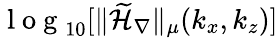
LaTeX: \mathrm{~l~o~g~}_{10}[\| \mathcal{\widetilde{H}}_{\nabla}\| _{\mu}(k_{x},k_{z})]